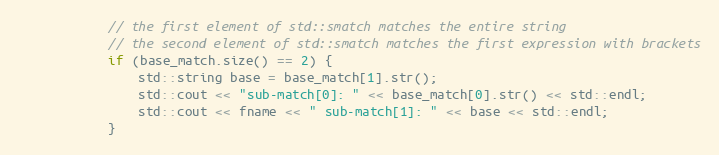
Language: C++
            // the first element of std::smatch matches the entire string
            // the second element of std::smatch matches the first expression with brackets
            if (base_match.size() == 2) {
                std::string base = base_match[1].str();
                std::cout << "sub-match[0]: " << base_match[0].str() << std::endl;
                std::cout << fname << " sub-match[1]: " << base << std::endl;
            }